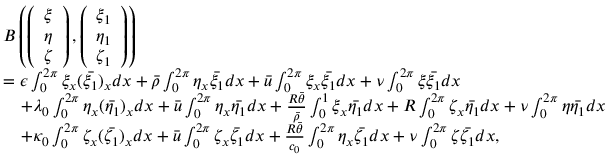
\begin{array} { r l } & { B \left( \left( \begin{array} { l } { \xi } \\ { \eta } \\ { \zeta } \end{array} \right) , \left( \begin{array} { l } { \xi _ { 1 } } \\ { \eta _ { 1 } } \\ { \zeta _ { 1 } } \end{array} \right) \right) } \\ & { = \epsilon \int _ { 0 } ^ { 2 \pi } \xi _ { x } ( \bar { \xi _ { 1 } } ) _ { x } d x + \bar { \rho } \int _ { 0 } ^ { 2 \pi } \eta _ { x } \bar { \xi _ { 1 } } d x + \bar { u } \int _ { 0 } ^ { 2 \pi } \xi _ { x } \bar { \xi _ { 1 } } d x + \nu \int _ { 0 } ^ { 2 \pi } \xi \bar { \xi _ { 1 } } d x } \\ & { \quad + \lambda _ { 0 } \int _ { 0 } ^ { 2 \pi } \eta _ { x } ( \bar { \eta _ { 1 } } ) _ { x } d x + \bar { u } \int _ { 0 } ^ { 2 \pi } \eta _ { x } \bar { \eta _ { 1 } } d x + \frac { R \bar { \theta } } { \bar { \rho } } \int _ { 0 } ^ { 1 } \xi _ { x } \bar { \eta _ { 1 } } d x + R \int _ { 0 } ^ { 2 \pi } \zeta _ { x } \bar { \eta _ { 1 } } d x + \nu \int _ { 0 } ^ { 2 \pi } \eta \bar { \eta _ { 1 } } d x } \\ & { \quad + \kappa _ { 0 } \int _ { 0 } ^ { 2 \pi } \zeta _ { x } ( \bar { \zeta _ { 1 } } ) _ { x } d x + \bar { u } \int _ { 0 } ^ { 2 \pi } \zeta _ { x } \bar { \zeta _ { 1 } } d x + \frac { R \bar { \theta } } { c _ { 0 } } \int _ { 0 } ^ { 2 \pi } \eta _ { x } \bar { \zeta _ { 1 } } d x + \nu \int _ { 0 } ^ { 2 \pi } \zeta \bar { \zeta _ { 1 } } d x , } \end{array}